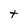
Character: t